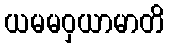
ယမမဝှယာမာတိ